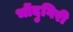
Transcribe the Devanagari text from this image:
भोंदुगिरी